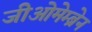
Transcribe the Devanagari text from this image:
जीओमेम्ब्रेन